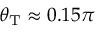
\theta _ { \mathrm { T } } \approx 0 . 1 5 \pi